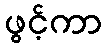
ဖွင့်ကာ